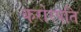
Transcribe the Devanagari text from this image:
करोरपति